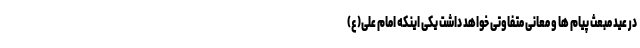
در عید مبعث پیام ها و معانی متفاوتی خواهد داشت یکی اینکه امام علی(ع)